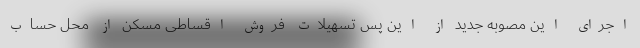
اجرای این مصوبه جدید از این پس تسهیلات فروش اقساطی مسکن از محل حساب